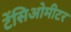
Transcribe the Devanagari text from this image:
टेंसिओमीटर